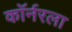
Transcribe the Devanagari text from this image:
काॅर्नरला